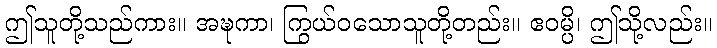
ဤသူတို့သည်ကား။ အဍ္ဎကာ၊ ကြွယ်ဝသောသူတို့တည်း။ ဧဝမ္ပိ၊ ဤသို့လည်း။